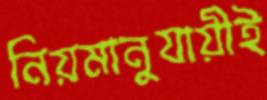
নিয়মানুযায়ীই